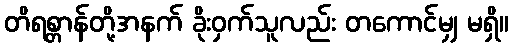
တိရစ္တာန်တို့အနက် ခိုးဝှက်သူလည်း တကောင်မျှ မရှိ။